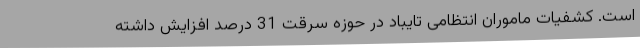
است. کشفیات ماموران انتظامی تایباد در حوزه سرقت 31 درصد افزایش داشته